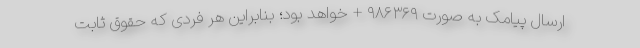
ارسال پیامک به صورت ۹۸۶۳۶۹ + خواهد بود؛ بنابراین هر فردی که حقوق ثابت